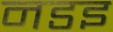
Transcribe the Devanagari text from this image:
नडइ